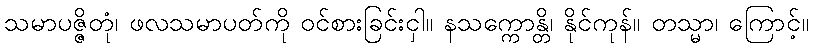
သမာပဇ္ဇိတုံ၊ ဖလသမာပတ်ကို ဝင်စားခြင်းငှါ။ နသက္ကောန္တိ၊ နိုင်ကုန်။ တသ္မာ၊ ကြောင့်။